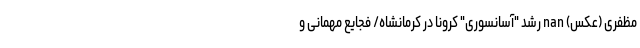
مظفری (عکس) nan رشد "آسانسوری" کرونا در کرمانشاه/ فجایع مهمانی و